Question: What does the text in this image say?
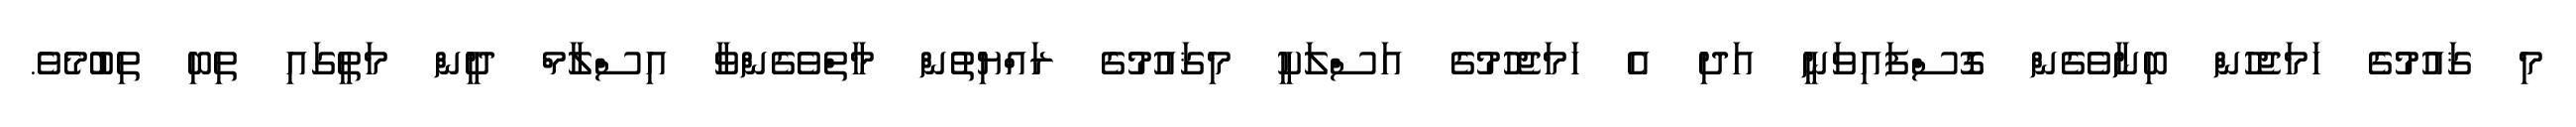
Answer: މި ޤައުމުގެ ހަމަޖެހުން ބިނާވެގެން ގޮސްފައިވަނީ އަދި އެ ހަމަޖެހުމުގެ އަސްލަކީ މިޤައުމުގެ ރައްޔިތުން މާތްވެގެންވާ އިސްލާމް ދީން މަތީގައި ތިބި ތިބުމެވެ.